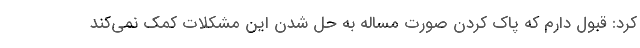
کرد: قبول دارم که پاک کردن صورت مساله به حل شدن این مشکلات کمک نمی‌کند